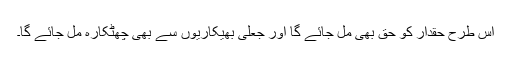
اس طرح حقدار کو حق بھی مل جائے گا اور جعلی بھیکاریوں سے بھی چھٹکارہ مل جائے گا۔